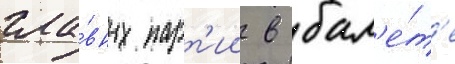
гла́вных парт'ии в бал'е́т'е